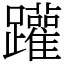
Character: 䠰